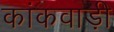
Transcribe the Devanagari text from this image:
कांकवाड़ी